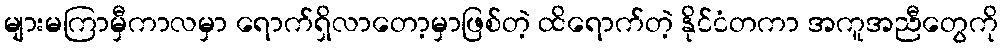
များမကြာမှီကာလမှာ ရောက်ရှိလာတော့မှာဖြစ်တဲ့ ထိရောက်တဲ့ နိုင်ငံတကာ အကူအညီတွေကို